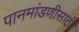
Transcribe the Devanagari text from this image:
पानमांडणीसाठी